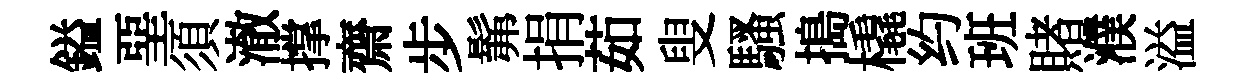
鎰堊須澈撑齋步髴捐茹叟騷搗橇约班賭濮溢